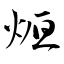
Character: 烜